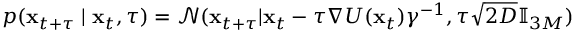
\begin{array} { r } { p ( \mathbf { x } _ { t + \tau } \mid \mathbf { x } _ { t } , \tau ) = \mathcal { N } ( \mathbf { x } _ { t + \tau } | \mathbf { x } _ { t } - \tau \nabla U ( \mathbf { x } _ { t } ) \gamma ^ { - 1 } , \tau \sqrt { 2 D } \mathbb { I } _ { 3 M } ) } \end{array}